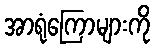
အာရုံကြောများကို